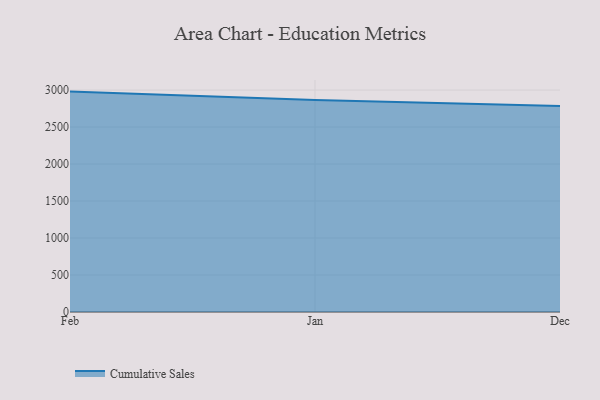
{"axis": {"x": "Month", "y": "Shipments"}, "legend": ["Cumulative Sales"], "data": [{"x": "Feb", "y": 2979.1, "type": "Cumulative Sales"}, {"x": "Jan", "y": 2865.9, "type": "Cumulative Sales"}, {"x": "Dec", "y": 2784.0, "type": "Cumulative Sales"}]}